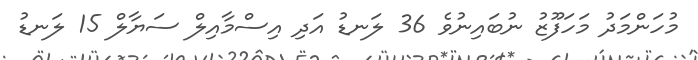
މުހަންމަދު މަހަފޫޒު ނުބައިނުވެ 36 ލަނޑު އަދި އިސްމާއިލް ސަޔާލް 15 ލަނޑު